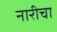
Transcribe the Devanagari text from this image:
नारीचा